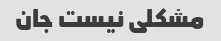
مشکلی نیست جان